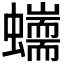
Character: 𧔇